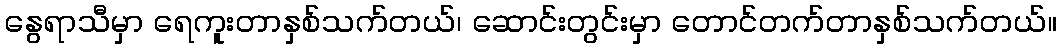
နွေရာသီမှာ ရေကူးတာနှစ်သက်တယ်၊ ဆောင်းတွင်းမှာ တောင်တက်တာနှစ်သက်တယ်။